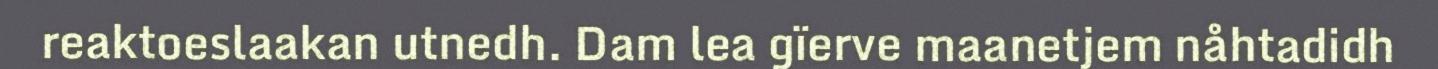
reaktoeslaakan utnedh. Dam lea gïerve maanetjem nåhtadidh